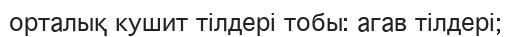
орталық кушит тілдері тобы: агав тілдері;